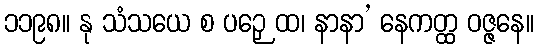
၁၁၉၈။ နု သံသယေ စ ပဉှေ ထ၊ နာနာ’ နေကတ္ထ ဝဇ္ဇနေ။